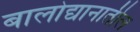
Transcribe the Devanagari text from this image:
बालोद्यानातील